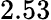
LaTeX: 2.53